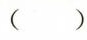
()